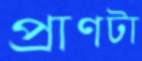
প্রাণটা